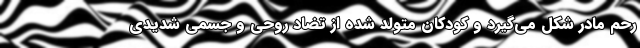
رحم مادر شکل می‌گیرد و کودکان متولد شده از تضاد روحی و جسمی شدیدی